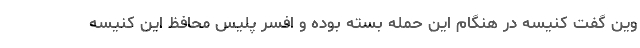
وین گفت کنیسه در هنگام این حمله بسته بوده و افسر پلیس محافظ این کنیسه